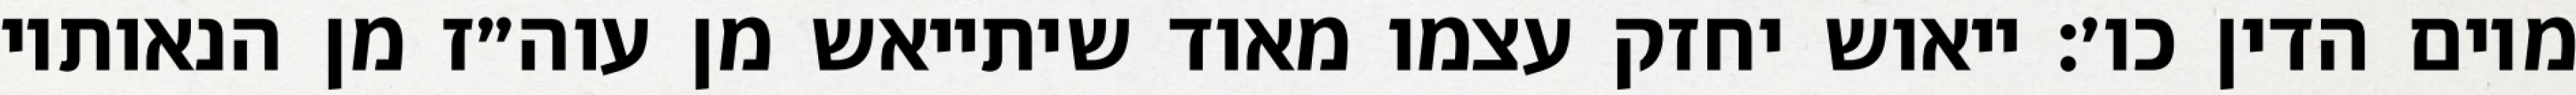
מיום הדין כו׳: ייאוש יחזק עצמו מאוד שיתייאש מן עוה״ז מן הנאותיו